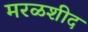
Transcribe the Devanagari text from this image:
मरळशीद